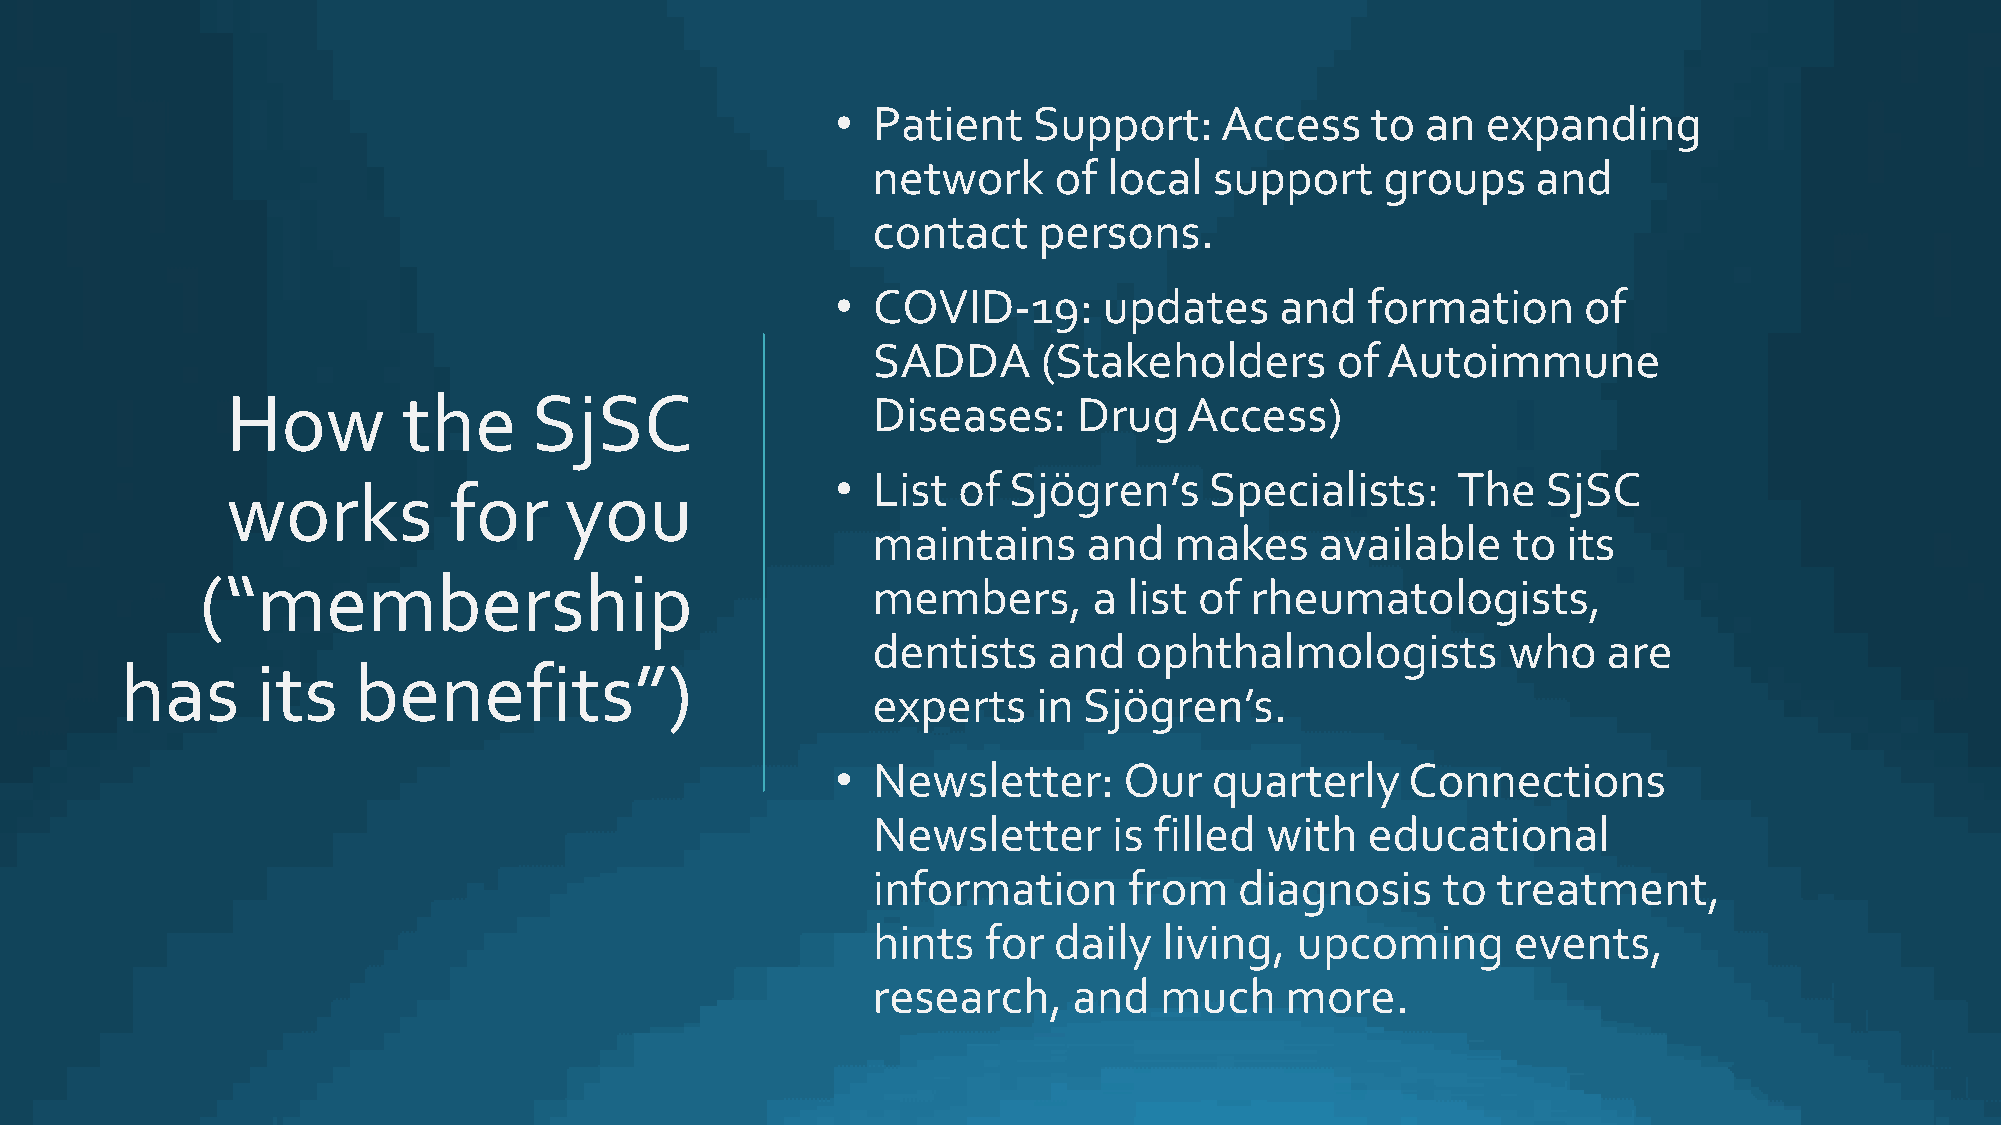
•  Patient   Support:     Access    to an  expanding
 network     of local  support     groups    and
 contact    persons.
 •  COVID-19:      updates     and  formation      of
 SADDA      (Stakeholders      of  Autoimmune
 How         the     SjSC                   Diseases:    Drug    Access)
 •  List of  Sjögren’s    Specialists:    The   SjSC
 works          for    you
 maintains     and   makes    available    to  its
 (“membership
 members,      a  list of rheumatologists,
 dentists   and   ophthalmologists         who   are
 has      its   benefits”)
 experts    in Sjögren’s.
 •  Newsletter:     Our   quarterly    Connections
 Newsletter      is filled with   educational
 information      from   diagnosis    to  treatment,
 hints  for  daily  living,  upcoming      events,
 research,    and   much    more.